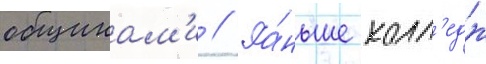
общинам'и // Ра́ньше колл'едж